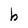
Character: b